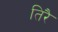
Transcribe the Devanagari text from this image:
तिरै